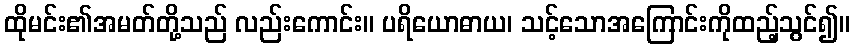
ထိုမင်း၏အမတ်တို့သည် လည်းကောင်း။ ပရိယောဓာယ၊ သင့်သောအကြောင်းကိုထည့်သွင်၍။